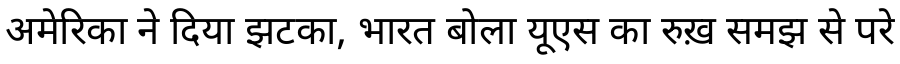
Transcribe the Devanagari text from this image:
अमेरिका ने दिया झटका, भारत बोला यूएस का रुख़ समझ से परे